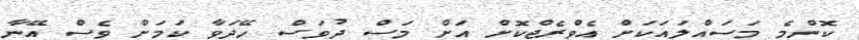
ކޮންމެ މަސައްލައަކަށް އެވްރެޖްކޮށް އަށް މަސް ދުވަސް ހޭދަވާ ކަމަަށް ވެސް އޭނާ